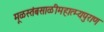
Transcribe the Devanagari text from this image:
मूळस्तंबसाळीमहात्म्यपुराण